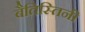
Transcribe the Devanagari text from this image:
बैतिस्तिनी